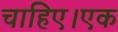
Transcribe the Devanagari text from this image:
चाहिए।एक